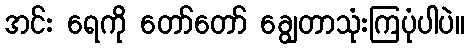
အင်း ရေကို တော်တော် ချွေတာသုံးကြပုံပါပဲ။